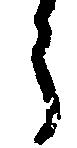
う